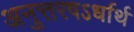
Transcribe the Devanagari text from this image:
अनुत्तरषऽर्धार्थ